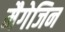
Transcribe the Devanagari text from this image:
मैगेजिन